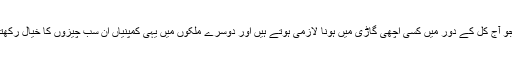
اگر پاکستانی گاڑیوں کا موازنہ عالمی مارکیٹ سے کیا جائے تو تمام گیجٹس جو آج کل کے دور میں کسی اچھی گاڑی میں ہونا لازمی ہوتے ہیں اور دوسرے ملکوں میں یہی کمپنیاں ان سب چیزوں کا خیال رکھتی ہین، پاکستان میں اپنے عالمی معیار کو برقرار رکھنے کی پروا نہیں کرتیں۔